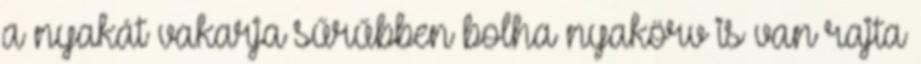
a nyakát vakarja sűrűbben bolha nyakörv is van rajta